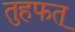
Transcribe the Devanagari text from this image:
तुहफत्